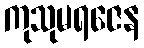
ကုသုမရဇေန